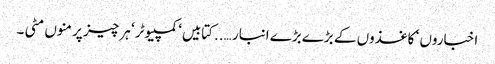
اخباروں ‘ کاغذوں کے بڑے بڑے انبار …..کتابیں‘ کمپیوٹر ‘ ہر چیز پر منوں مٹی ۔